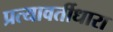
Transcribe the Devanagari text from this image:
प्रत्यावर्तीधारा